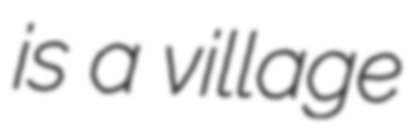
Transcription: is a village